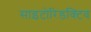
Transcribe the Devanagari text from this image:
साइटोरिडक्टिव